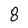
Character: 8